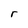
Character: r